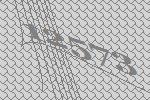
12573